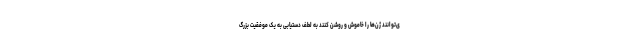
ی‌توانند ژن‌ها را خاموش و روشن کنند به لطف دستیابی به یک موفقیت بزرگ